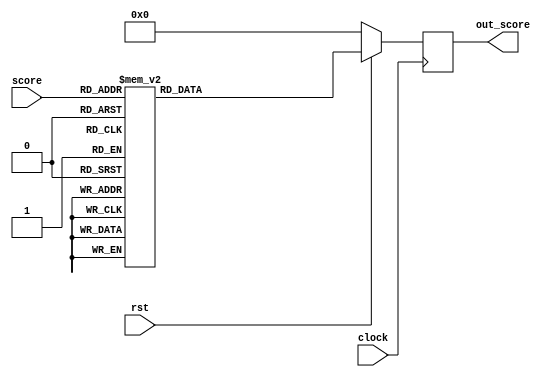
//MISSION-V
//score conv
`timescale 1ps/1ps
module score_conv(score,out_score,clock,rst);
 input clock,rst;
 input [5:0] score;
 output reg [7:0] out_score;

always @(posedge clock)
begin
 if(rst==0)
 begin
  out_score<=8'b00000000;
 end
 else
 begin
 case(score)
 6'b000000:out_score=8'b00000000;
 6'b000001:out_score=8'b00000001;
 6'b000010:out_score=8'b00000010;
 6'b000011:out_score=8'b00000011;
 6'b000100:out_score=8'b00000100;
 6'b000101:out_score=8'b00000101;
 6'b000110:out_score=8'b00000110;
 6'b000111:out_score=8'b00000111;
 6'b001000:out_score=8'b00001000;
 6'b001001:out_score=8'b00001001;
 6'b001010:out_score=8'b00010000;
 6'b001011:out_score=8'b00010001;
 6'b001100:out_score=8'b00010010;
 6'b001101:out_score=8'b00010011;
 6'b001110:out_score=8'b00010100;
 6'b001111:out_score=8'b00010101;
 6'b010000:out_score=8'b00010110;
 6'b010001:out_score=8'b00010111;
 6'b010010:out_score=8'b00011000;
 6'b010011:out_score=8'b00011001;
 6'b010100:out_score=8'b00100000;
 6'b010101:out_score=8'b00100001;
 6'b010110:out_score=8'b00100010;
 6'b010111:out_score=8'b00100011;
 6'b011000:out_score=8'b00100100;
 6'b011001:out_score=8'b00100101;
 6'b011010:out_score=8'b00100110;
 6'b011011:out_score=8'b00100111;
 6'b011100:out_score=8'b00101000;
 6'b011101:out_score=8'b00101001;
 6'b011110:out_score=8'b00110000;
 6'b011111:out_score=8'b00110001;
 6'b100000:out_score=8'b00110010;
 6'b100001:out_score=8'b00110011;
 6'b100010:out_score=8'b00110100;
 6'b100011:out_score=8'b00110101;
 6'b100100:out_score=8'b00110110;
 6'b100101:out_score=8'b00110111;
 6'b100110:out_score=8'b00111000;
 6'b100111:out_score=8'b00111001;
 6'b101000:out_score=8'b01000000;
 6'b101001:out_score=8'b01000001;
 6'b101010:out_score=8'b01000010;
 6'b101011:out_score=8'b01000011;
 6'b101100:out_score=8'b01000100;
 6'b101101:out_score=8'b01000101;
 6'b101110:out_score=8'b01000110;
 6'b101111:out_score=8'b01000111;
 6'b110000:out_score=8'b01001000;
 6'b110001:out_score=8'b01001001;
 6'b110010:out_score=8'b01010000;
 6'b110011:out_score=8'b01010001;
 6'b110100:out_score=8'b01010010;
 6'b110101:out_score=8'b01010011;
 6'b110110:out_score=8'b01010100;
 6'b110111:out_score=8'b01010101;
 6'b111000:out_score=8'b01010110;
 6'b111001:out_score=8'b01010111;
 6'b111010:out_score=8'b01011000;
 6'b111011:out_score=8'b01011001;
 6'b111100:out_score=8'b01100000;
 6'b111101:out_score=8'b01100001;
 6'b111110:out_score=8'b01100010;
 6'b111111:out_score=8'b01100011;
 endcase
 end
end
endmodule